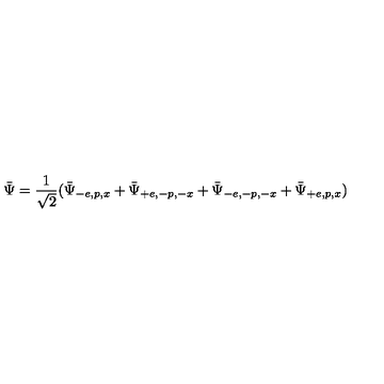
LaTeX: \bar { \Psi } = \frac { 1 } { \sqrt { 2 } } ( \bar { \Psi } _ { - e , p , x } + \bar { \Psi } _ { + e , - p , - x } + \bar { \Psi } _ { - e , - p , - x } + \bar { \Psi } _ { + e , p , x } )